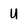
Character: U